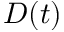
D ( t )